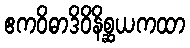
ဧကဝိဓာဒိဝိနိစ္ဆယကထာ